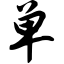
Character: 单